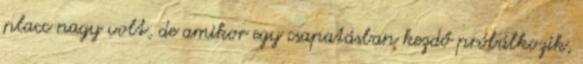
placc nagy volt, de amikor egy csapatásban kezdő próbálkozik,